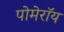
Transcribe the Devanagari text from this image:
पोमेरॉय